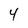
Character: 4